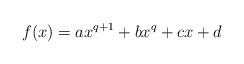
LaTeX: \begin{align*}f(x) = ax^{q+1} + bx^q + cx + d\end{align*}